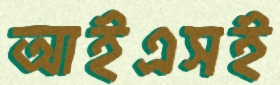
আইএসই